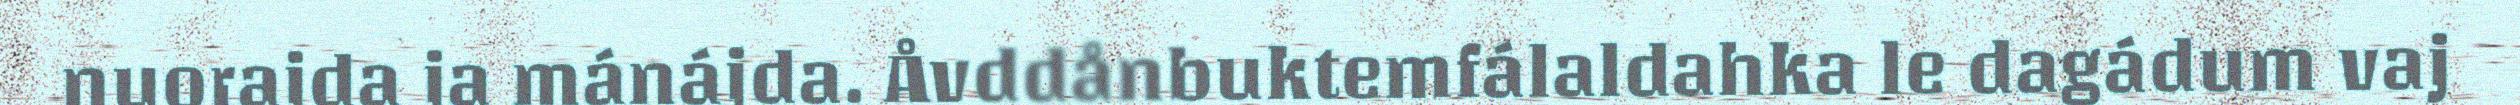
nuorajda ja mánájda. Åvddånbuktemfálaldahka le dagádum vaj